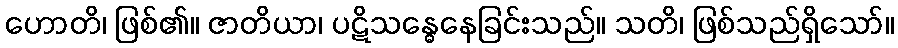
ဟောတိ၊ ဖြစ်၏။ ဇာတိယာ၊ ပဋိသန္ဓေနေခြင်းသည်။ သတိ၊ ဖြစ်သည်ရှိသော်။